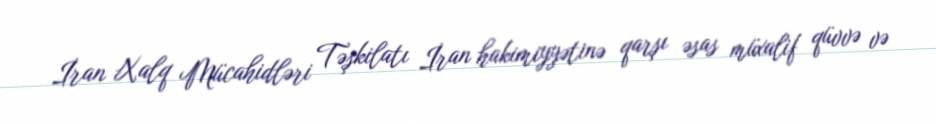
İran Xalq Mücahidləri Təşkilatı İran hakimiyyətinə qarşı əsas müxalif qüvvə və